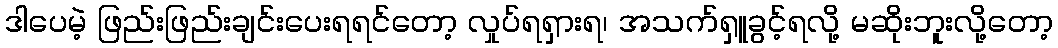
ဒါပေမဲ့ ဖြည်းဖြည်းချင်းပေးရရင်တော့ လှုပ်ရရှားရ၊ အသက်ရှူခွင့်ရလို့ မဆိုးဘူးလို့တော့